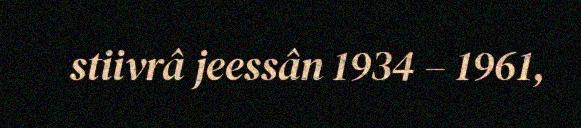
stiivrâ jeessân 1934 – 1961,